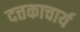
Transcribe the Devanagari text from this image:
दत्तकाचार्य